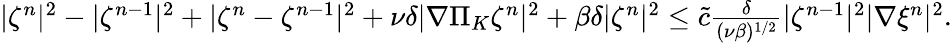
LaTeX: \begin{array}{r}{|\zeta^{n}|^{2}-|\zeta^{n-1}|^{2}+|\zeta^{n}-\zeta^{n-1}|^{2}+\nu\delta|\nabla\Pi_{K}\zeta^{n}|^{2}+\beta\delta|\zeta^{n}|^{2}\leq\tilde{c}\frac{\delta}{(\nu\beta)^{1/2}}|\zeta^{n-1}|^{2}|\nabla\xi^{n}|^{2}.}\end{array}